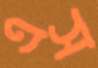
এস